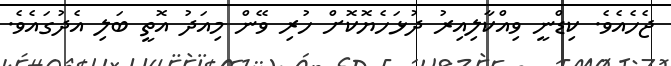
ޖެހެއެވެ. ކިޑްނީ ވިއްކާލިއިރު ދުޅަހެޔޮކޮށް ހުރި ވޭން މިއަދު އޮތީ ބަލި އެދުގައެވެ.